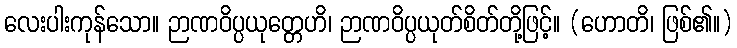
လေးပါးကုန်သော။ ဉာဏဝိပ္ပယုတ္တေဟိ၊ ဉာဏဝိပ္ပယုတ်စိတ်တို့ဖြင့်။ (ဟောတိ၊ ဖြစ်၏။)